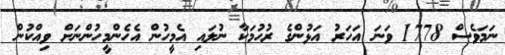
ނަމަވެސް 1778 ވަނަ އަހަރު އަޅުންގެ ރުހުމަކާ ނުލައި އެމީހުން އެހެންމީހުންނަށް ވިއްކުން